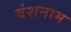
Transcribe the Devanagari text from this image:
वंशनाम